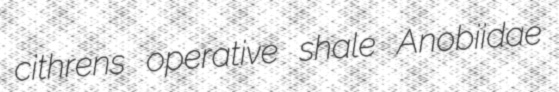
cithrens operative shale Anobiidae